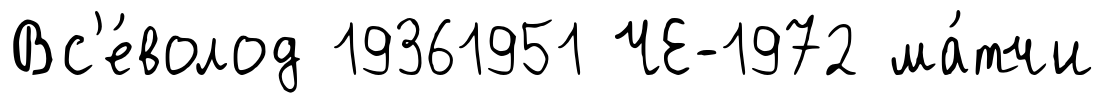
Вс'е́волод 19361951 ЧЕ-1972 ма́тчи